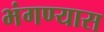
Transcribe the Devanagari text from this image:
भंगण्यास